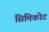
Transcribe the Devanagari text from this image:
सिमिकोट